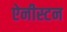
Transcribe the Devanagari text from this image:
ऐनीस्टन